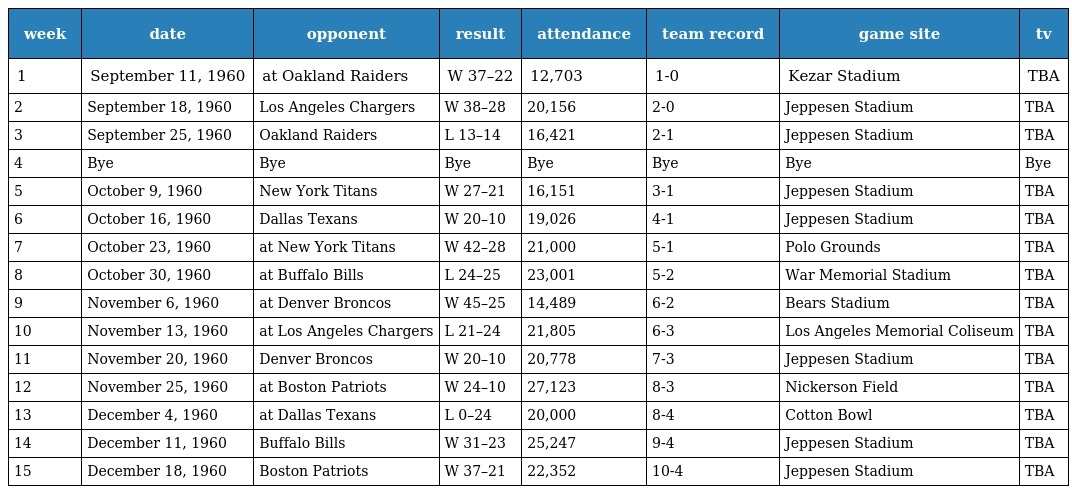
| week | date | opponent | result | attendance | team record | game site | tv |
 | --- | --- | --- | --- | --- | --- | --- | --- |
 | 1 | September 11, 1960 | at Oakland Raiders | W 37–22 | 12,703 | 1-0 | Kezar Stadium | TBA |
 | 2 | September 18, 1960 | Los Angeles Chargers | W 38–28 | 20,156 | 2-0 | Jeppesen Stadium | TBA |
 | 3 | September 25, 1960 | Oakland Raiders | L 13–14 | 16,421 | 2-1 | Jeppesen Stadium | TBA |
 | 4 | Bye | Bye | Bye | Bye | Bye | Bye | Bye |
 | 5 | October 9, 1960 | New York Titans | W 27–21 | 16,151 | 3-1 | Jeppesen Stadium | TBA |
 | 6 | October 16, 1960 | Dallas Texans | W 20–10 | 19,026 | 4-1 | Jeppesen Stadium | TBA |
 | 7 | October 23, 1960 | at New York Titans | W 42–28 | 21,000 | 5-1 | Polo Grounds | TBA |
 | 8 | October 30, 1960 | at Buffalo Bills | L 24–25 | 23,001 | 5-2 | War Memorial Stadium | TBA |
 | 9 | November 6, 1960 | at Denver Broncos | W 45–25 | 14,489 | 6-2 | Bears Stadium | TBA |
 | 10 | November 13, 1960 | at Los Angeles Chargers | L 21–24 | 21,805 | 6-3 | Los Angeles Memorial Coliseum | TBA |
 | 11 | November 20, 1960 | Denver Broncos | W 20–10 | 20,778 | 7-3 | Jeppesen Stadium | TBA |
 | 12 | November 25, 1960 | at Boston Patriots | W 24–10 | 27,123 | 8-3 | Nickerson Field | TBA |
 | 13 | December 4, 1960 | at Dallas Texans | L 0–24 | 20,000 | 8-4 | Cotton Bowl | TBA |
 | 14 | December 11, 1960 | Buffalo Bills | W 31–23 | 25,247 | 9-4 | Jeppesen Stadium | TBA |
 | 15 | December 18, 1960 | Boston Patriots | W 37–21 | 22,352 | 10-4 | Jeppesen Stadium | TBA |